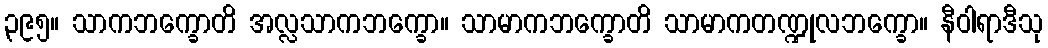
၃၉၅။ သာကဘက္ခောတိ အလ္လသာကဘက္ခော။ သာမာကဘက္ခောတိ သာမာကတဏ္ဍုလဘက္ခော။ နီဝါရာဒီသု